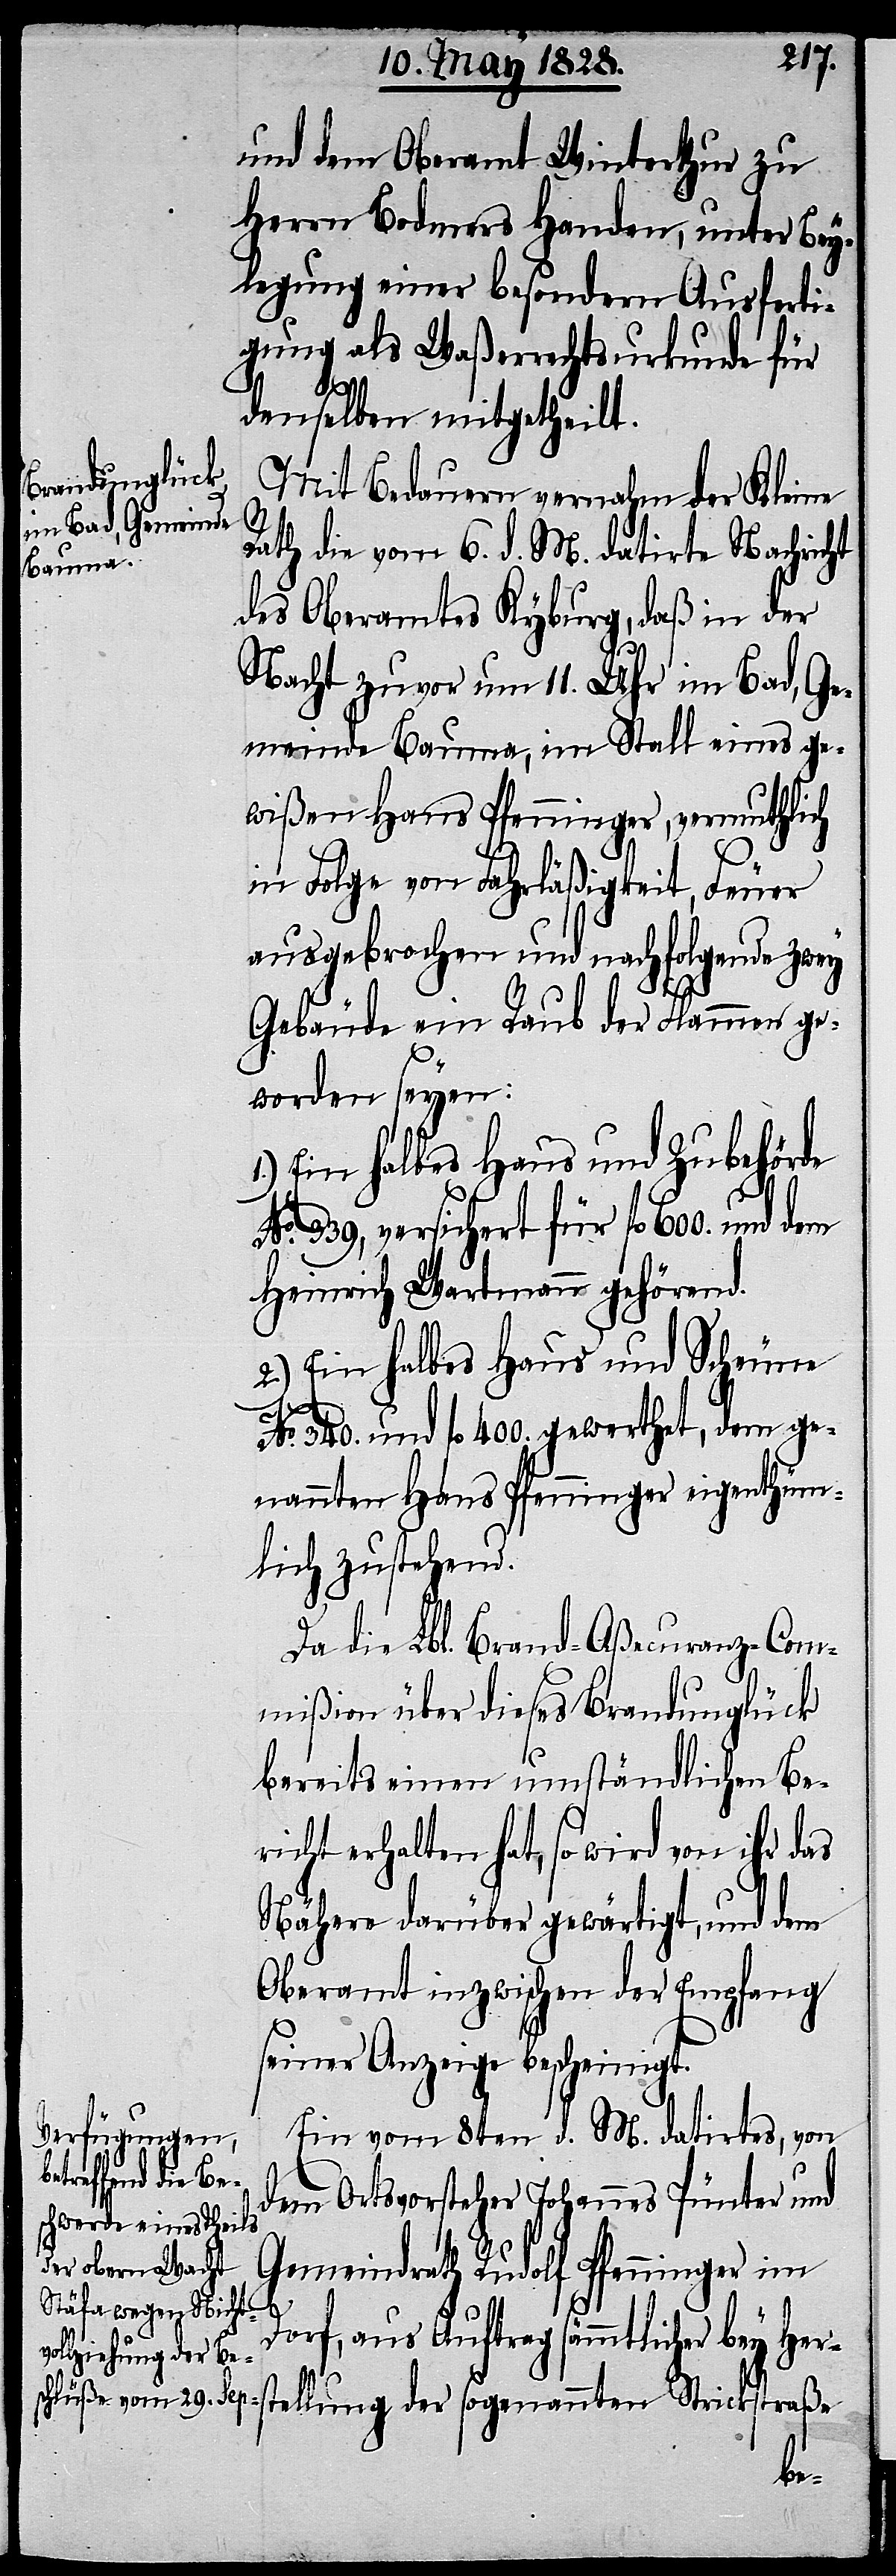
und dem Oberamt Winterthur zu
Herrn Bodmers Handen, unter Bey¬
legung einer besondern Ausferti¬
gung als Waßerrechtsurkunde für
denselben mitgetheilt.
Mit Bedauern vernahm der Kleine
Rath die vom 6. d. M. datirte Nachricht
des Oberamtes Kyburg, daß in der
Nacht zuvor um 11. Uhr im Bad, Ge¬
meinde Bauma, im Stall eines ge¬
wißen Hans Pfenninger, vermuthlich
in Folge von Fahrläßigkeit, Feuer
ausgebrochen und nachfolgende zwey
Gebäude ein Raub der Flammen ge¬
worden seyen:
1.) Ein halbes Haus und Zubehörde
No. 339, versichert für fl. 600. und dem
Heinrich Wartmann gehörend.
2.) Ein halbes Haus und Scheune
340. und fl. 400. gewerthet, dem ge¬
nannten Hans Pfenninger eigenthüm¬
lich zustehend.
Da die Lbl. Brand-Aßecuranz-Com¬
mißion über dieses Brandunglück
bereits einen umständlichen Ber¬
icht erhalten hat, so wird von ihr das
Nähere darüber gewärtigt, und dem
Oberamt inzwischen der Empfang
seiner Anzeige bescheinigt.
Ein vom 8ten d. M. datirtes, von
stellung der
dem Ortsvorsteher Johannes Pünter und
Gemeindrath Rudolf Pfenninger im
Dorf, aus Auftrag sämmtlicher bey Her¬
No.